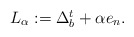
\begin{align*}\begin{array}{c}L_{\alpha }:=\Delta _{b}^{t}+\alpha e_{n}.\end{array}\end{align*}